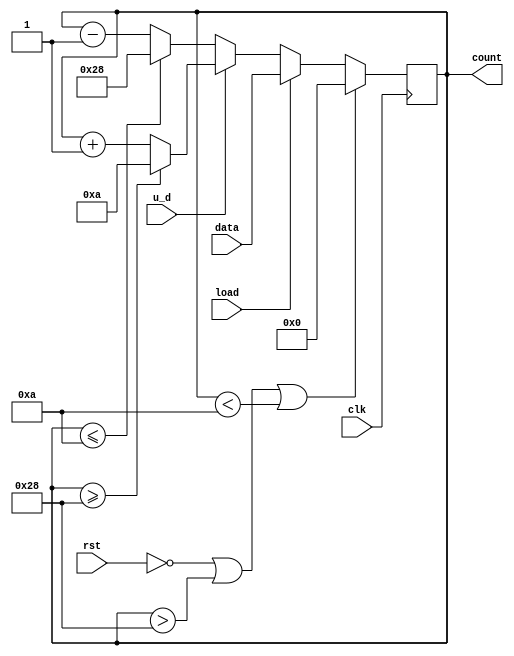
module counter_10to40_up_down(count, u_d, load, clk, rst, data);

input [7:0]data;
input clk, rst, load, u_d;
output [7:0]count;

reg [7:0]count_temp;

always@(posedge clk)
        if(!rst | count_temp > 8'd40 | count_temp < 8'd10)
            count_temp <= 8'd0;
        else if (load)
            count_temp <= data;
        else if (u_d)
            count_temp <= (count_temp >= 40)?8'd10 : count_temp + 1;
        else
            count_temp <= (count_temp <= 10)?8'd40 : count_temp - 1;

assign count = count_temp;

endmodule